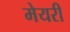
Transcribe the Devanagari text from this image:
मेयरी